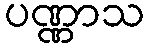
ပဏ္ဏာသ